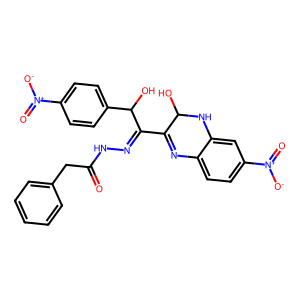
SMILES: O=C(Cc1ccccc1)NN=C(C1=Nc2ccc([N+](=O)[O-])cc2NC1O)C(O)c1ccc([N+](=O)[O-])cc1
Inhibits HIV replication: No